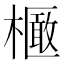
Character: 𣝽